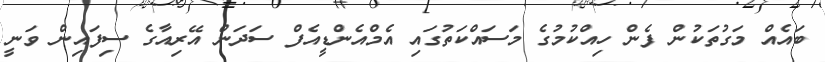
ބައެއް މަގުތަކުން ފެން ހިއްކުމުގެ މަސައްކަތުގައި އެމްއެންޑީއެފް ސަދަން އޭރިއާގެ ސިފައިން ވަނީ